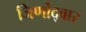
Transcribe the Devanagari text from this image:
जिर्णोद्वार